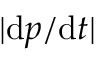
| \mathrm { d } \boldsymbol { p } / \mathrm { d } t |